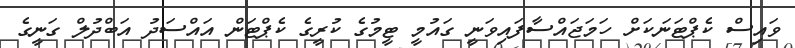
ވައިސް ކެޕްޓަނަކަށް ހަމަޖައްސާފައިވަނީ ގައުމީ ޓީމުގެ ކުރީގެ ކެޕްޓަން އައްސަދު އަބްދުލް ގަނީގެ